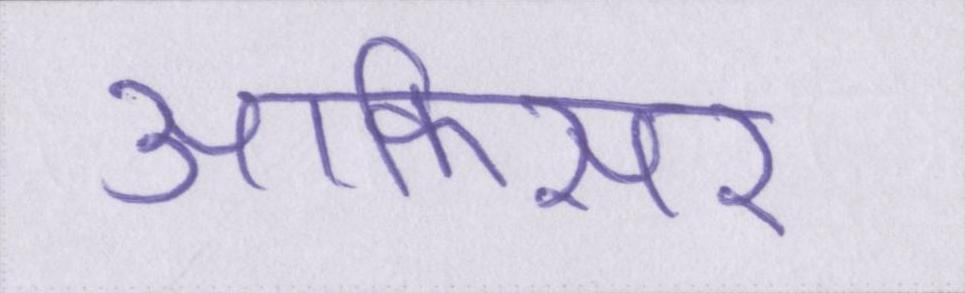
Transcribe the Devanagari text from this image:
आफिसर